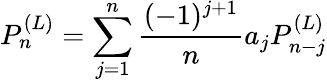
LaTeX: P_{n}^{(L)}=\sum_{j=1}^{n}\frac{(-1)^{j+1}}{n}a_{j}P_{n-j}^{(L)}